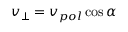
v _ { \perp } = v _ { p o l } \cos \alpha